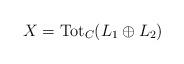
LaTeX: \begin{align*}X=\mathrm{Tot}_C(L_1 \oplus L_2)\end{align*}